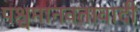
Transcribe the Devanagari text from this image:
पश्चमानवतावादी